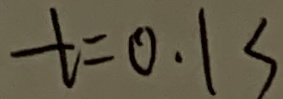
t = 0 . 1 s